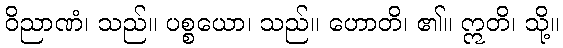
ဝိညာဏံ၊ သည်။ ပစ္စယော၊ သည်။ ဟောတိ၊ ၏။ ဣတိ၊ သို့။